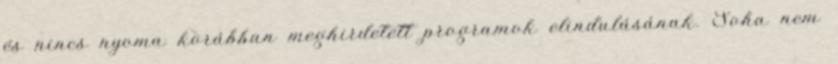
és nincs nyoma korábban meghirdetett programok elindulásának. Soha nem